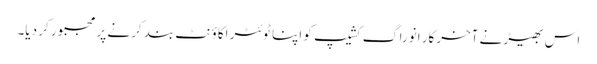
اس بھیڑ نے آخرکار انوراگ کشیپ کو اپنا ٹوئٹر اکاؤنٹ بند کرنے پر مجبور کر دیا۔